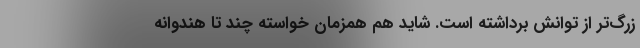
زرگ‌تر از توانش برداشته است. شاید هم همزمان خواسته چند تا هندوانه